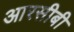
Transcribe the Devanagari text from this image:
आरसीबी